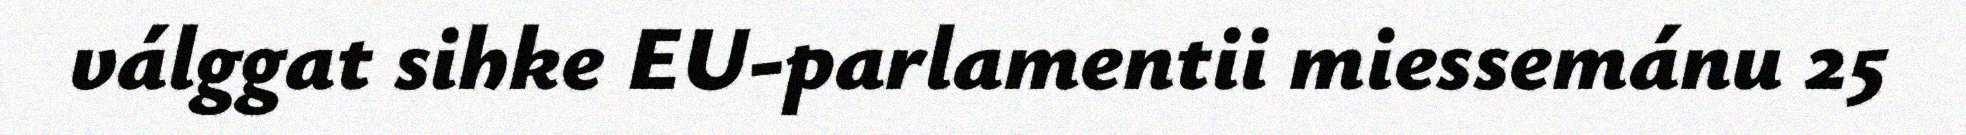
válggat sihke EU-parlamentii miessemánu 25